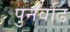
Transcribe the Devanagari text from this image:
पुनर्वाढ